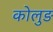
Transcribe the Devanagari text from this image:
कोलुङ